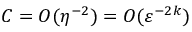
C = { \cal { O } } ( \eta ^ { - 2 } ) = { \cal { O } } ( \varepsilon ^ { - 2 k } )